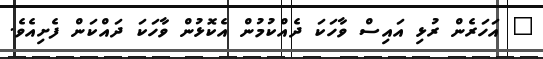
" އަހަރެން ރުޅި އައިސް ވާހަކަ ދެއްކުމުން އެކޮޅުން ވާހަކަ ދައްކަން ފެށިއެވެ.